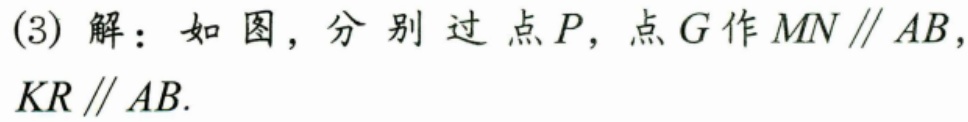
(3) 解：如图，分别过点\(P\)，点\(G\)作\(MN\parallel AB\)，\(KR\parallel AB\).